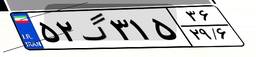
۱۵گ۶۲۸۳۳